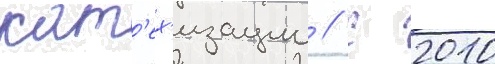
кат'ех'изации // С 2010